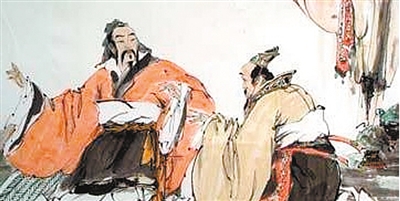
保民而王，莫之能御也。